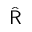
\hat { \sf R }